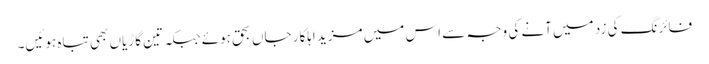
فائرنگ کی زد میں آنے کی وجہ سے اس میں مزید اہلکار جاں بحق ہوئےجبکہ تین گاڑیاں بھی تباہ ہوئیں۔